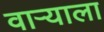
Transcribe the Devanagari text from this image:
वाऱ्याला